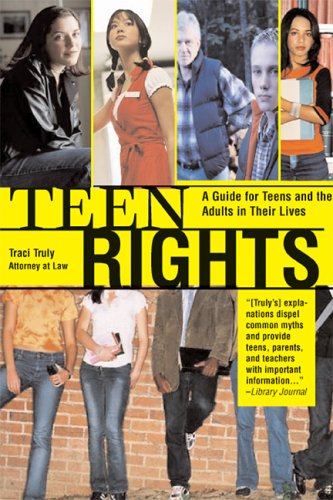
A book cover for Teen Rights (and Responsibilities), 2E: A Guide for All Teens and the Adults in Their Lives; Traci Truly; Law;